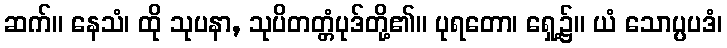
ဆက်။ နေသံ၊ ထို သုပနာ, သုပိတတ္တံပုဒ်တို့၏။ ပုရတော၊ ရှေ့၌။ ယံ သောပ္ပပဒံ၊